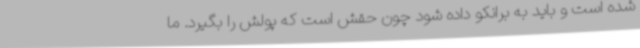
شده است و باید به برانکو داده شود چون حقش است که پولش را بگیرد. ما